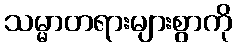
သမ္မာတရားများစွာကို